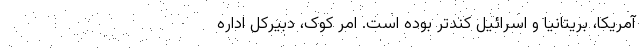
آمریکا، بریتانیا و اسرائیل کندتر بوده است. امر کوک، دبیرکل اداره